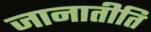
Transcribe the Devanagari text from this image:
जानातीति